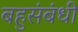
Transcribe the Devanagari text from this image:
बहुसंबंधी